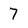
Character: 7